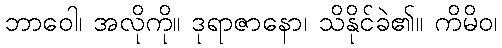
ဘာဝေါ၊ အလိုကို။ ဒုရာဇာနော၊ သိနိုင်ခဲ၏။ ကိမိဝ၊